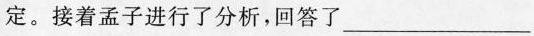
定。接着孟子进行了分析，回答了___。